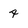
Character: 4